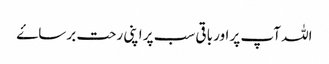
اللہ آپ پر اور باقی سب پر اپنی رحت برساۓ